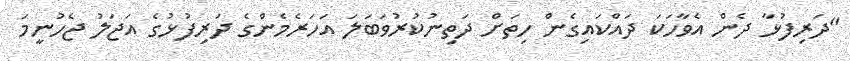
"ދަރިފުޅާ ދެން އެވާހަކަ ދައްކައިގެން ހިތަށް ދަތިނުކުރުވަބަލަ އަހަރެމެންގެ ދަރިފުޅުގެ އަޖަލު ޖެހުނީމަ